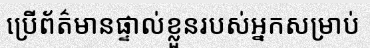
ប្រើព័ត៌មានផ្ទាល់ខ្លួនរបស់អ្នកសម្រាប់